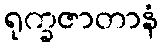
ရုက္ခဇာတာနံ